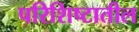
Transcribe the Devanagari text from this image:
परिशिष्टातील